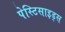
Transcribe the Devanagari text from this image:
पेस्टिसाइड्स